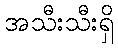
အသီးသီးရှိ